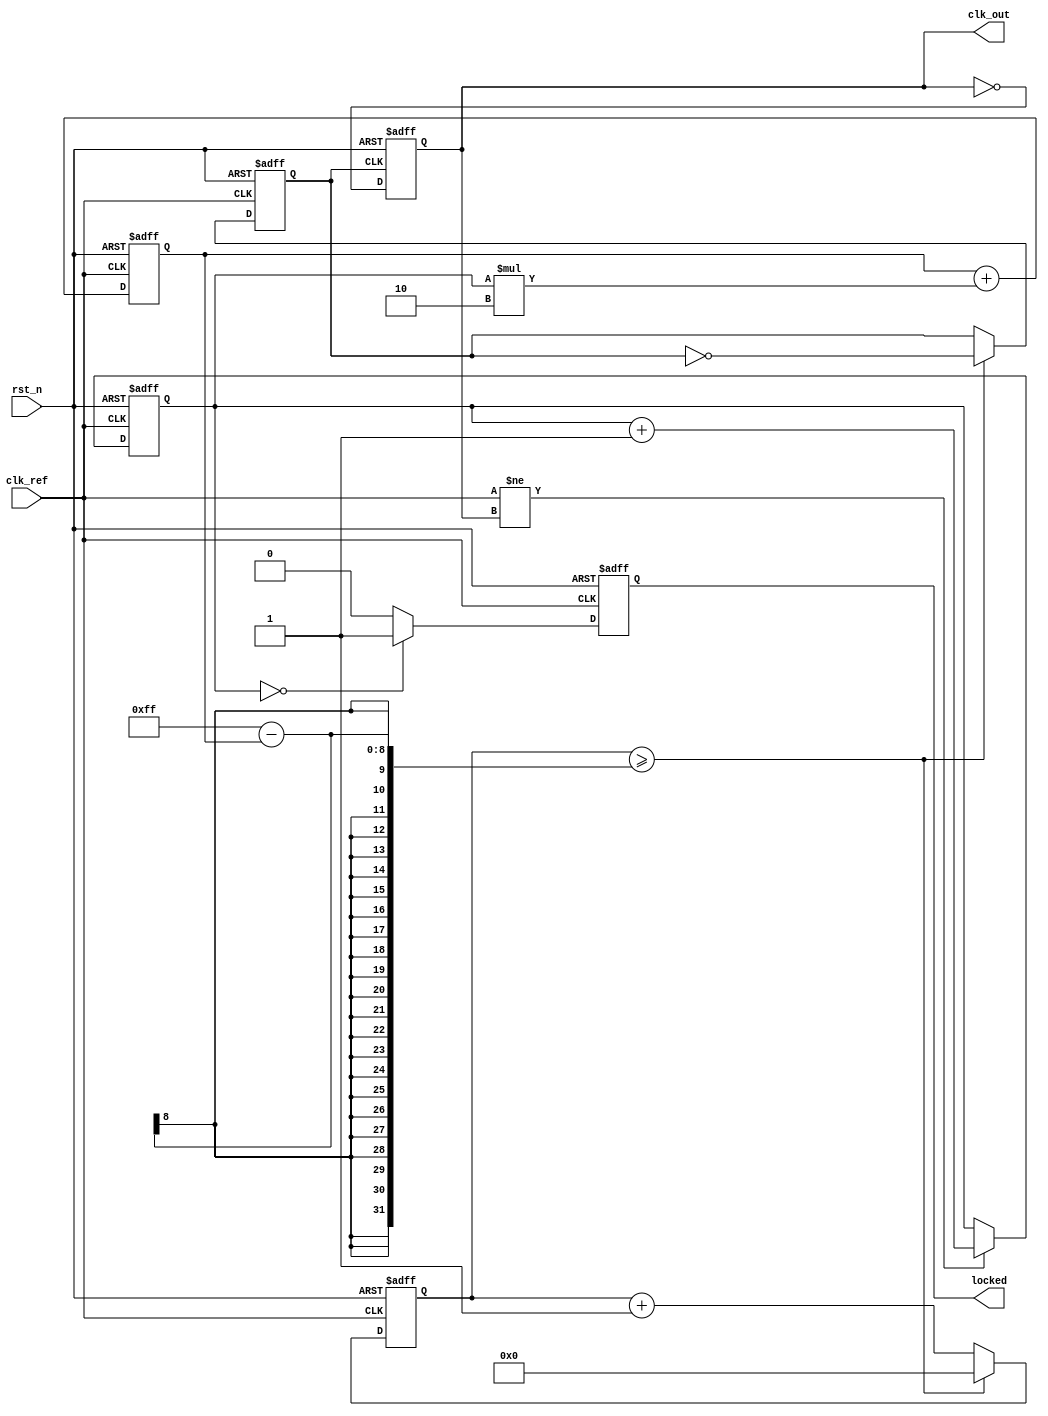
module dual_loop_pll (
    input wire clk_ref,         // Reference clock input
    input wire rst_n,          // Active low reset
    output wire clk_out,       // Output clock signal
    output wire locked         // Lock status output
);

    // Parameters for PLL
    parameter integer DIV_RATIO = 4; // Division ratio for the frequency divider
    parameter integer INNER_LOOP_GAIN = 2; // Gain for the inner loop
    parameter integer OUTER_LOOP_GAIN = 1; // Gain for the outer loop
    
    // Internal signals
    reg [1:0] phase_error;           // Phase error signal from PD
    reg [7:0] vco_control;            // Control voltage for VCO
    reg clk_div;                      // Divided clock signal
    reg vco_out;                      // Output from VCO
    reg [3:0] inner_loop_filter;      // Fast loop filter
    reg [7:0] outer_loop_filter;      // Slow loop filter
    reg locked_reg;                   // Lock status register
    reg [15:0] count;                 // Counter for clock generation

    // Phase Detector (PD)
    always @(posedge clk_ref or negedge rst_n) begin
        if (!rst_n) begin
            phase_error <= 2'b00; // Reset phase error
        end else begin
            // Basic phase comparison (simplified)
            if (clk_ref != clk_div) begin
                phase_error <= phase_error + 1; // Increment error if clocks are not aligned
            end
        end
    end

    // Charge Pump (CP)
    always @(posedge clk_ref or negedge rst_n) begin
        if (!rst_n) begin
            vco_control <= 8'b00000000; // Reset control voltage
        end else begin
            vco_control <= vco_control + (phase_error * INNER_LOOP_GAIN);
        end
    end

    // Loop Filters
    always @(posedge clk_ref or negedge rst_n) begin
        if (!rst_n) begin
            inner_loop_filter <= 4'b0000; // Reset inner filter
            outer_loop_filter <= 8'b00000000; // Reset outer filter
        end else begin
            // Fast loop filter for inner loop
            inner_loop_filter <= inner_loop_filter + (vco_control[3:0] * INNER_LOOP_GAIN);
            // Slow loop filter for outer loop
            outer_loop_filter <= outer_loop_filter + (vco_control * OUTER_LOOP_GAIN);
        end
    end

    // Voltage-Controlled Oscillator (VCO)
    always @(posedge clk_ref or negedge rst_n) begin
        if (!rst_n) begin
            vco_out <= 1'b0; // Reset VCO output
            count <= 0; // Reset count
        end else begin
            count <= count + 1;
            if (count >= (255 - vco_control)) begin // Example logic for VCO operation
                vco_out <= ~vco_out; // Toggle output
                count <= 0; // Reset count
            end
        end
    end

    // Frequency Divider
    always @(posedge vco_out or negedge rst_n) begin
        if (!rst_n) begin
            clk_div <= 1'b0; // Reset divided clock
        end else begin
            clk_div <= ~clk_div; // Simple divide-by-2 logic
        end
    end

    // Locked status logic
    always @(posedge clk_ref or negedge rst_n) begin
        if (!rst_n) begin
            locked_reg <= 1'b0; // Initial state is unlocked
        end else if (phase_error == 2'b00) begin
            locked_reg <= 1'b1; // Locked state
        end else begin
            locked_reg <= 1'b0; // Unlocked state
        end
    end

    assign clk_out = clk_div; // Output clock
    assign locked = locked_reg; // Locked status output

endmodule